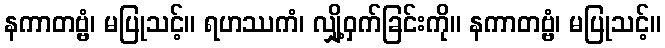
နကာတဗ္ဗံ၊ မပြုသင့်။ ရဟဿကံ၊ လျှို့ဝှက်ခြင်းကို။ နကာတဗ္ဗံ၊ မပြုသင့်။